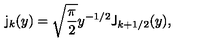
\mathsf { j } _ { k } ( y ) = \sqrt { \frac { \pi } { 2 } } y ^ { - 1 / 2 } \mathsf { J } _ { k + 1 / 2 } ( y ) , \quad